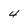
Character: 4